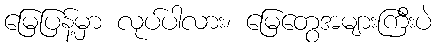
မြေပြန့်မှာ လုပ်ပါလား၊ မြေတွေအများကြီးပဲ